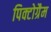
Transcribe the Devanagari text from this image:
पिक्टोग्रैम